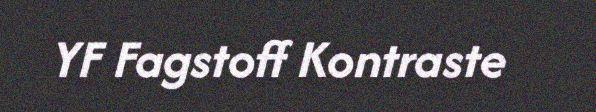
YF Fagstoff Kontraste